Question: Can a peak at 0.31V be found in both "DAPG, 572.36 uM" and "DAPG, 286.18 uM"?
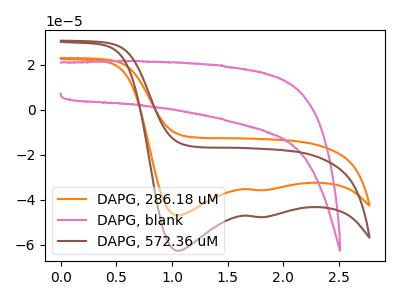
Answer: <think>The orange curve "DAPG, 286.18 uM" has cathodic peaks at (1.05V, -46.90uA) (1.85V, -35.65uA). The pink curve "DAPG, blank" has no peaks. The brown curve "DAPG, 572.36 uM" has cathodic peaks at (1.05V, -62.60uA) (1.85V, -47.60uA).</think>
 <answer>No, "DAPG, 572.36 uM" and "DAPG, 286.18 uM" dont share a peak at 0.31V.</answer>
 <eval>mismatch</eval>